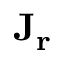
\mathbf { J _ { r } }